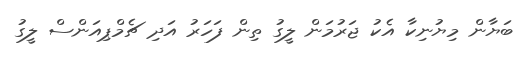
ބަޔާން މިޔުނިކާ އެކު ޖަރުމަން ލީގު ތިން ފަހަރު އަދި ޗެމްޕިއަންސް ލީގު